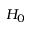
H _ { 0 }